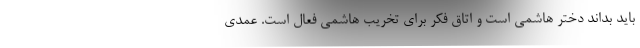
باید بداند دختر هاشمی است و اتاق فکر برای تخریب هاشمی فعال است. عمدی